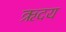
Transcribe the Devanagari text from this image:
ऋदय